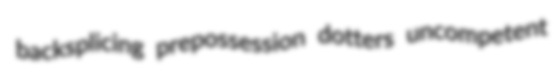
backsplicing prepossession dotters uncompetent